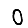
Digit: 0